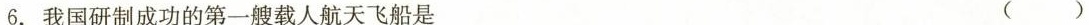
6.我国研制成功的第一艘载人航天飞船是 ( )